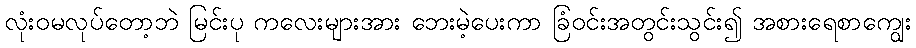
လုံးဝမလုပ်တော့ဘဲ မြင်းပု ကလေးများအား ဘေးမဲ့ပေးကာ ခြံဝင်းအတွင်းသွင်း၍ အစားရေစာကျွေး